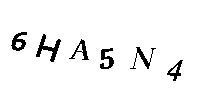
6HA5N4